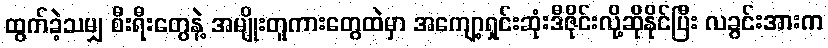
ထွက်ခဲ့သမျှ စီးရီးတွေနဲ့ အမျိုးတူကားတွေထဲမှာ အကျော့ရှင်းဆုံးဒီဇိုင်းလို့ဆိုနိုင်ပြီး လခွင်းအားက